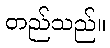
တည်သည်။